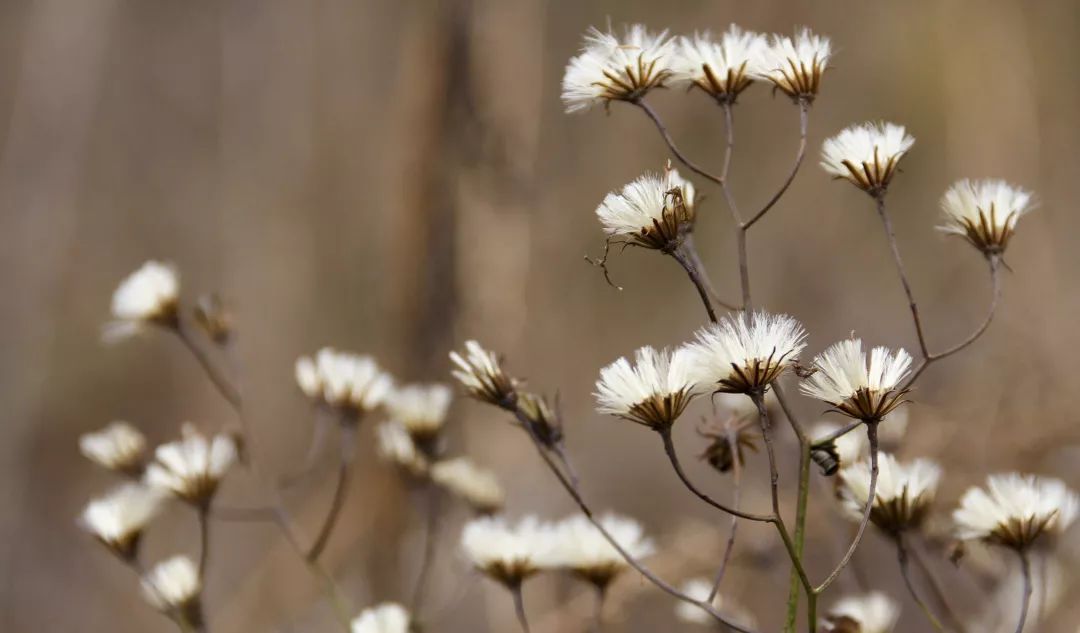
落尽梨花春又了。满地残阳，翠色和烟老。